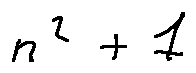
n ^ { 2 } + 1